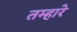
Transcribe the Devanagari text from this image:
तम्हारे